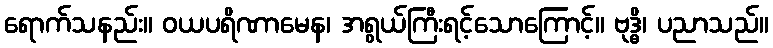
ရောက်သနည်း။ ဝယပရိဏာမေန၊ အရွယ်ကြီးရင့်သောကြောင့်။ ဗုဒ္ဓိ၊ ပညာသည်။